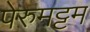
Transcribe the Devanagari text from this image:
पेरुमट्टम